Report on vaccination in Madras 1922-1929 - 1922-1929
Year: 1922
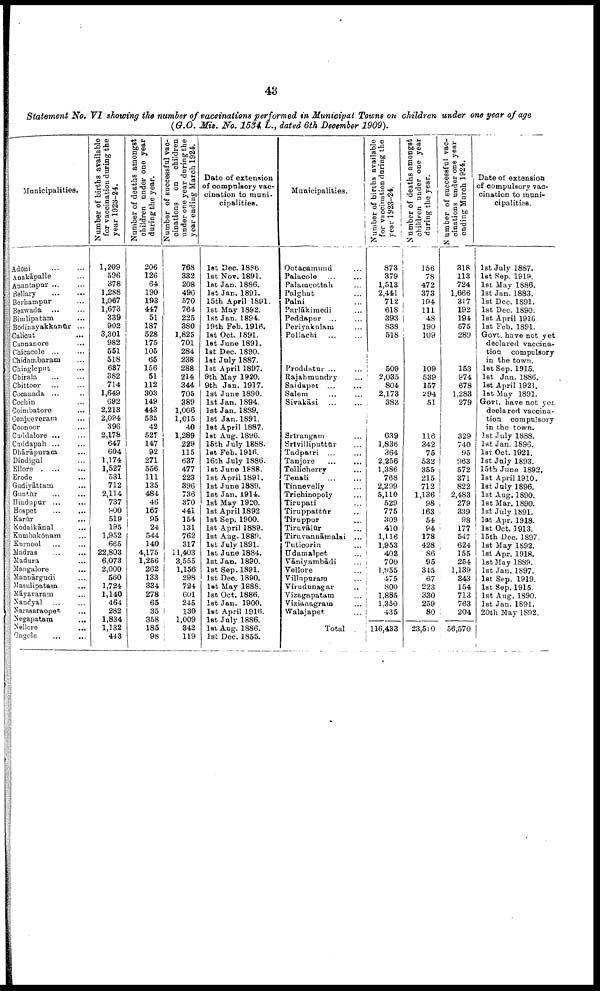
43
Statement No. VI showing the number of vaccinations performed in Municipal Towns on children under one year of age
(G.O. Mis. No. 1534 L., dated 6th December 1909).
Municipalities.
Adoni... ...
Anakāpalle...
Anantapur ...
Bellary... ...
Berhampur... ...
Bezwada... ...
Bimlipatam... ...
Bodinayakkanūr... ...
Calicut... ...
Cannanore...
Chicacole... ... ...
Chidambaram
Chingleput... ...
Chirala...
...
Chittoor...
...
...
Cocanada... ...
Cochin...
Coimbatore... ...
Conjeeveram... ...
Coonoor... ...
Cuddalore... ...
Cuddapah... ...
Dhārāpuram... ...
Dindigul... ...
Ellore...
...
Erode... ...
Gudiyāttam... ... ...
Guntūr... ...
Hindupur...
...
Hospet...
...
Karūr... ...
Kodaikānal... ...
Kumbakōnam...
Kurnool... ...
Madras... ...
Madura... ...
Mangalore...
Mannārgudi...
Masulipatam... ...
Māyavaram... ...
Nandyal... ...
Narasaraopet... ... ...
Negapatam... ...
Nelloro...
Ongole... ...
Number of births available
for vaccination during the
year 1923-24.
1,209
596
378
1,288
1,067
1,673
339
902
3,301
982
551
518
687
382
714
1,649
692
2,213
2,094
396
2,178
647
604
1,174
1,527
531
712
2,114
737
900
519
195
1,952
665
22,803
6,073
2,000
560
1,724
1,140
464
282
1,834
1,132
443
Number of deaths amongst
children under one year
during the year.
206
126
64
190
193
447
51
187
528
175
105
65
156
51
112
303
149
443
535
42
527
147
92
271
556
111
135
484
46
167
95
24
544
140
4,175
1,256
262
133
334
278
65
35
358
185
98
Number of successful vac
cinations on children
under one year during the
year ending March 1924.
768
332
208
496
570
764
225
380
1,825
701
284
238
288
214
344
705
389
1,006
1,015
40
1,289
229
115
637
477
223
396
736
370
441
154
131
762
317
11,403
3,555
1,156
298
724
601
245
130
1,009
342
119
Date of extension
of compulsory vac
cination to muni-
cipalities.
1st Dec. 1886
1st Nov. 1891.
1st Jan. 1886.
1st Jan. 1891.
15th April 1891.
1st May 1892.
1st Jan. 1894.
19th Feb. 1916.
1st Oct. 1891.
1st June 1891.
1st Dec. 1890.
1st July 1887.
1st April 1897.
9th May 1920.
9th Jan. 1917.
1st June 1890.
1st Jan. 1894.
1st Jan. 1889.
1st Jan. 1891.
lst April 1887.
1st Aug. 1896.
15th July 1888.
lst Feb. 1916.
16th July 1886.
1st June 1888.
1st April l891.
1st June 1889.
1st Jan. 1914.
1st May 1920.
1st April 1892
1st Sep. 1900.
1st April 1889.
1st Aug. 1889.
1st July 1891.
1st June 1884.
1st Jan. 1890.
1st Sep. 1891.
1st Dec. 1890.
1st May 1888.
1st Oct. 1886.
1st Jan. 1900.
1st April 1916.
let July 1886.
1st Aug. 1886.
1st Dec. 1855.
Municipalities.
Ootacamund...
Palacole... ...
Palamcottah... ...
Palghat... ...
Palni...
Parlākimedi... ...
Peddapur ...
Periyakulam... ...
Pollachi...
...
...
...
...
Proddatur... ...
Rajahmundry... ...
Saidapet ...
Salem
Sivakāsi... ...
...
...
...
Srirangam...
Srivilliputtūr... ...
Tadpatri... ... ...
Tanjore... ...
Tellicherry...
Tenali...
...
Tinnevelly... ...
Trichinopoly... ...
Tirupati... ...
Tiruppattūr... ...
Tiruppur... ...
Tiruvālūr...
Tiruvannāmalai... ...
Tuticorin... ...
Udamalpet... ...
Vāniyambādi...
Vellore...
Villupuram... ...
Virudunagar... ...
Vizagapatam... ...
Vizianagram... ...
Walajapet... ...
—
Total
Number of births available
for vaccination during the
year
1923-24.
873
379
1,513
2,441
712
618
393
838
518
...
...
...
509
2,035
804
2,173
383
...
...
...
639
1,836
364
2,256
1,386
768
2,299
5,110
529
775
309
410
1,116
1,953
408
700
1 ,955
475
800
1,885
1,350
435
—
116,433
Number of deaths amongst
children under one year
during the year.
156
78
472
373
194
111
48
190
109
...
...
...
109
539
157
294
51
...
...
...
116
342
75
532
355
215
712
1,136
98
163
54
94
178
428
86
95
345
67
223
330
259
80
—
23,510
Number of successful vac
cinations under one year
ending
March
1924.
318
113
724
1,666
317
192
194
575
289
...
...
...
153
974
678
1,283
279
...
...
...
329
740
95
963
572
371
822
2,483
279
339
98
177
547
624
155
254
1,139
343
154
713
763
204
—
56,570
Date of extension
of compulsory vac
ination to muni
cipalities.
1st July 1887.
1st Sep. 1919.
1st May 1886.
1st Jan. 1883.
1st Dec. 1891.
1st Dec. 1890.
1st April 1916
1st Feb. 1891.
Govt. have not yet
declared vaccina
tion compulsory
in the town.
1st Sep. 1915.
1st Jan. 1886.
1st April 1921.
1st May 1891.
Govt, have not yet
declared vaccina
tion compulsory
in the town.
1st July 1888.
1st Jan. 1896.
1st Oct. 1921.
1st July 1893.
15th June 1892.
1st April 1910.
1st July 1896.
1st Aug. 1890.
1st Mar. 1890.
l6t July 1891.
1st Apr. 1918.
1st Oct. 1913.
15th Dec. 1897.
1st May 1892.
1st Apr. 1918.
1st May 1889.
1st Jan. 1897.
1st Sep. 1919.
1st Sep. 1915.
1st Aug. 1890.
1st Jan. 1891.
20th May 1892.